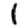
Digit: 1